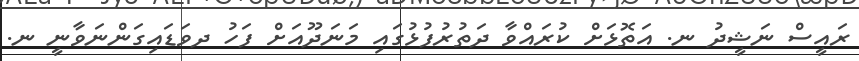
ރައީސް ނަޝީދު ނ. އަތޮޅަށް ކުރައްވާ ދަތުރުފުޅުގައި މަނަދޫއަށް ފަހު ދވަޑައިގަންނަވާނީ ނ.